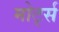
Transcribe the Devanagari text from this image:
मोर्ट्स